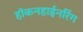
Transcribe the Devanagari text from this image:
हॉकनहाईनरिंग